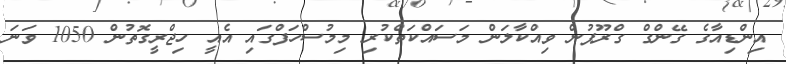
އިންޑިއާގެ ގޭންގް ގްރޫޕުން ވިއްކާލަން މަސައްކަތްކުރި މިމުސްހަފްގައި އެއީ ހިޖްރީގޮތުން 1050 ވަނަ